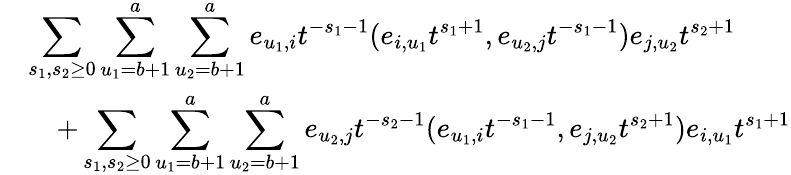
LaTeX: \begin{array}{rl}&{\displaystyle\sum_{s_{1},s_{2}\geq 0}\sum_{u_{1}=b+1}^{a}\sum_{u_{2}=b+1}^{a}e_{u_{1},i}t^{-s_{1}-1}(e_{i,u_{1}}t^{s_{1}+1},e_{u_{2},j}t^{-s_{1}-1})e_{j,u_{2}}t^{s_{2}+1}}\\ &{\quad+\displaystyle\sum_{s_{1},s_{2}\geq 0}\sum_{u_{1}=b+1}^{a}\sum_{u_{2}=b+1}^{a}e_{u_{2},j}t^{-s_{2}-1}(e_{u_{1},i}t^{-s_{1}-1},e_{j,u_{2}}t^{s_{2}+1})e_{i,u_{1}}t^{s_{1}+1}}\end{array}